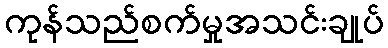
ကုန်သည်စက်မှုအသင်းချုပ်